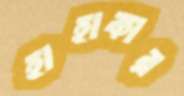
হাহাকার